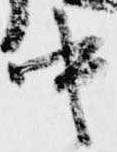
中